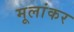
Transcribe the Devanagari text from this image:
मूलांकर